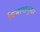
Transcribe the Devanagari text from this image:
विभागानुसार